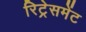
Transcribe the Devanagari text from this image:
रिट्रेसमेंट